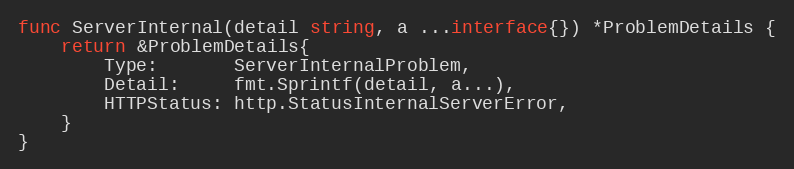
Language: Go
func ServerInternal(detail string, a ...interface{}) *ProblemDetails {
	return &ProblemDetails{
		Type:       ServerInternalProblem,
		Detail:     fmt.Sprintf(detail, a...),
		HTTPStatus: http.StatusInternalServerError,
	}
}